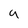
Character: 9